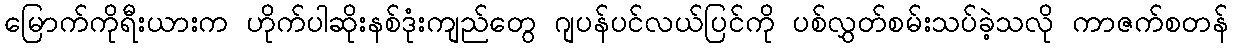
မြောက်ကိုရီးယားက ဟိုက်ပါဆိုးနစ်ဒုံးကျည်တွေ ဂျပန်ပင်လယ်ပြင်ကို ပစ်လွှတ်စမ်းသပ်ခဲ့သလို ကာဇက်စတန်